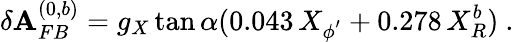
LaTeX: \delta\mathbf{A}_{FB}^{(0,b)}=g_{X}\tan\alpha(0.043\, X_{\phi^{'}}+0.278\, X_{R}^{b})~.